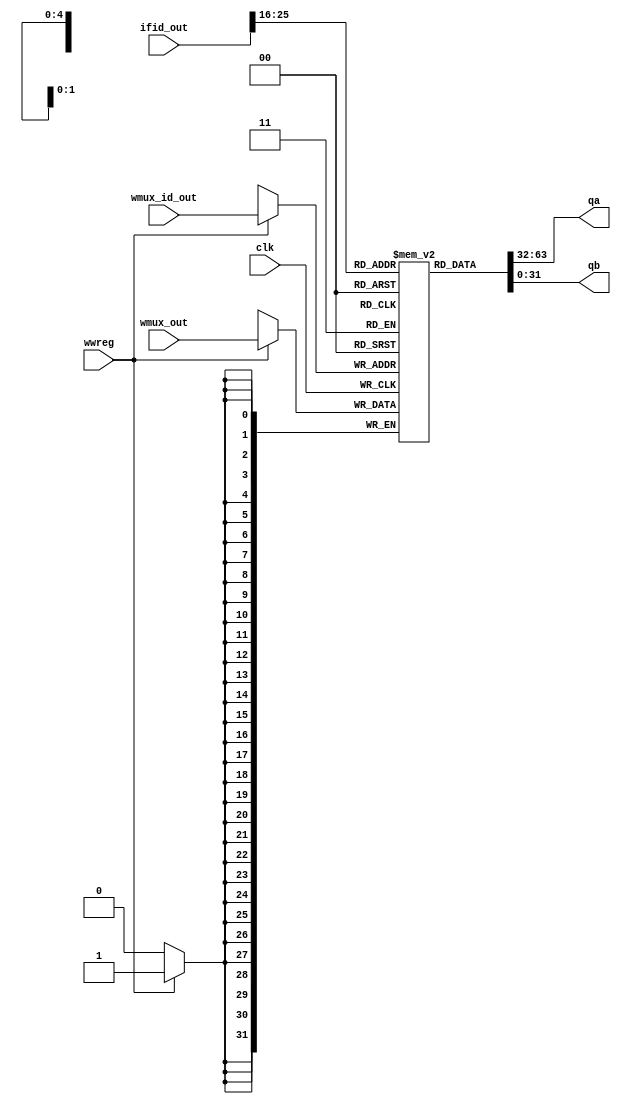
`timescale 1ns / 1ps
//////////////////////////////////////////////////////////////////////////////////
// Company: 
// Engineer: 
// 
// Design Name: junwoo seo
// Module Name: REG_id
// Project Name: mips
// Target Devices: 
// Tool Versions: 
// Description: 
// 
// Dependencies: 
// 
// Revision:
// Revision 0.01 - File Created
// Additional Comments:
// 
//////////////////////////////////////////////////////////////////////////////////


module REG_id(
input clk,
input [31:0] ifid_out,
input wwreg,
input [4:0] wmux_id_out,
input [31:0] wmux_out,


output wire [31:0] qa, qb

);
reg [31:0] REGM[31:0];
wire [4:0] rs = {ifid_out[25:21]};
wire [4:0] rt = {ifid_out[20:16]};


initial
begin
REGM[0] <= 'h00000000;
REGM[1] <= 'hA00000AA;
REGM[2] <= 'h10000011;
REGM[3] <= 'h20000022;
REGM[4] <= 'h30000033;
REGM[5] <= 'h40000044;
REGM[6] <= 'h50000055;
REGM[7] <= 'h60000066;
REGM[8] <= 'h70000077;
REGM[9] <= 'h80000088;
REGM[10] <= 'h90000099;

end



assign qa = REGM[rs];
assign qb = REGM[rt];

always@(negedge clk)
    begin
    if (wwreg)
    begin
    
    REGM[wmux_id_out] =wmux_out;
    end
    end
    
    
    
    

endmodule